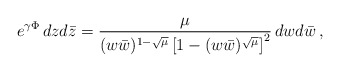
\begin{align*}e^{\gamma\Phi}\,dz d\bar z = \frac{\mu}{(w\bar w)^{1 - \sqrt{\mu}}\left[ 1 - (w\bar w)^{\sqrt{\mu}}\right]^2}\, dw d\bar w\,,\end{align*}